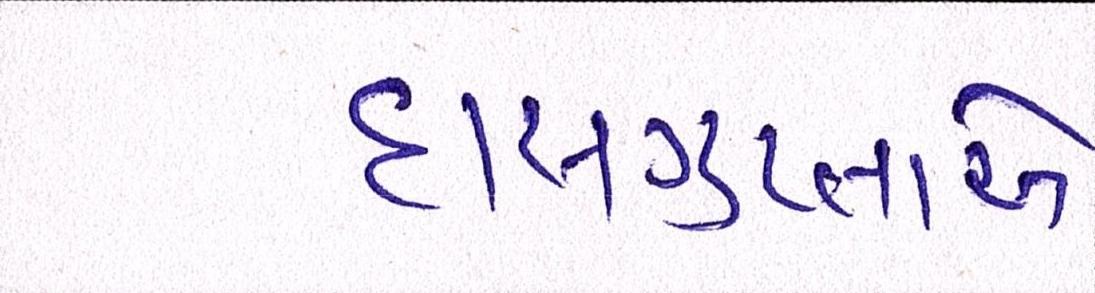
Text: દાસગુપ્તાએ